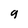
Character: 9